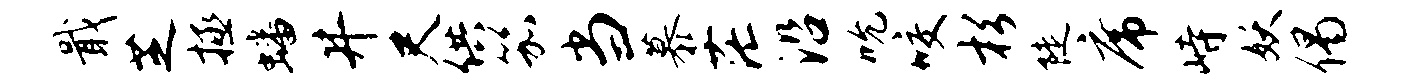
戢芝拯蟠井尺供笳当慕茫沿吮咬杉陡席峙妖偈